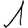
Digit: 1